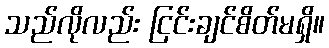
သည်လိုလည်း ငြင်းချင်စိတ်မရှိ။